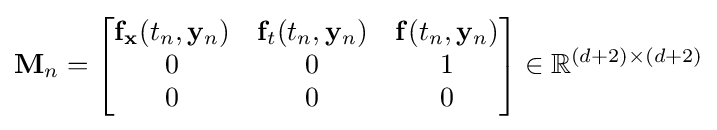
\mathbf {M} _{n}={\begin{bmatrix}\mathbf {f} _{\mathbf {x} }(t_{n},\mathbf {y} _{n})&\mathbf {f} _{t}(t_{n},\mathbf {y} _{n})&\mathbf {f} (t_{n},\mathbf {y} _{n})\\0&0&1\\0&0&0\end{bmatrix}}\in \mathbb {R} ^{(d+2)\times (d+2)}